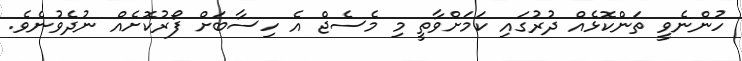
ހުންނެވީ ތަންކޮޅެއް ދުރުގައި ކަމަށްވާތީ މި މެސެޖް އެ ހިސާބަށް ފޯރުކޮށެއް ނުދެވުނެވެ.